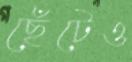
ছেঁটেও